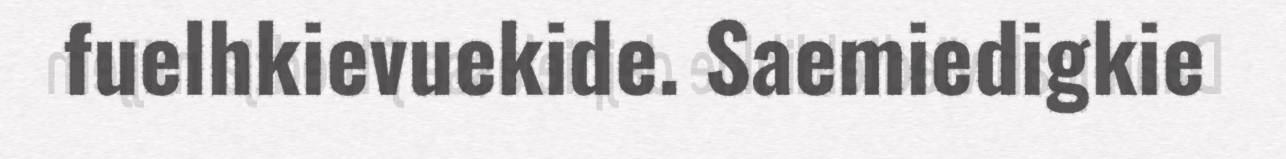
fuelhkievuekide. Saemiedigkie